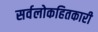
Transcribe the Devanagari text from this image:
सर्वलोकहितकारी